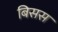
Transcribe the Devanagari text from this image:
बिसस